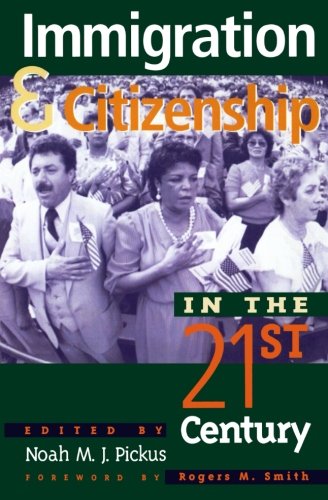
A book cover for Immigration and Citizenship in the Twenty-First Century; Law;